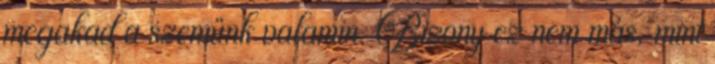
megakad a szemünk valamin. Bizony ez nem más, mint